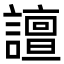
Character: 譠